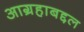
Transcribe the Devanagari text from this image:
आग्रहाबद्दल